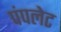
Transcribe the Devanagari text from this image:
पंपलेट